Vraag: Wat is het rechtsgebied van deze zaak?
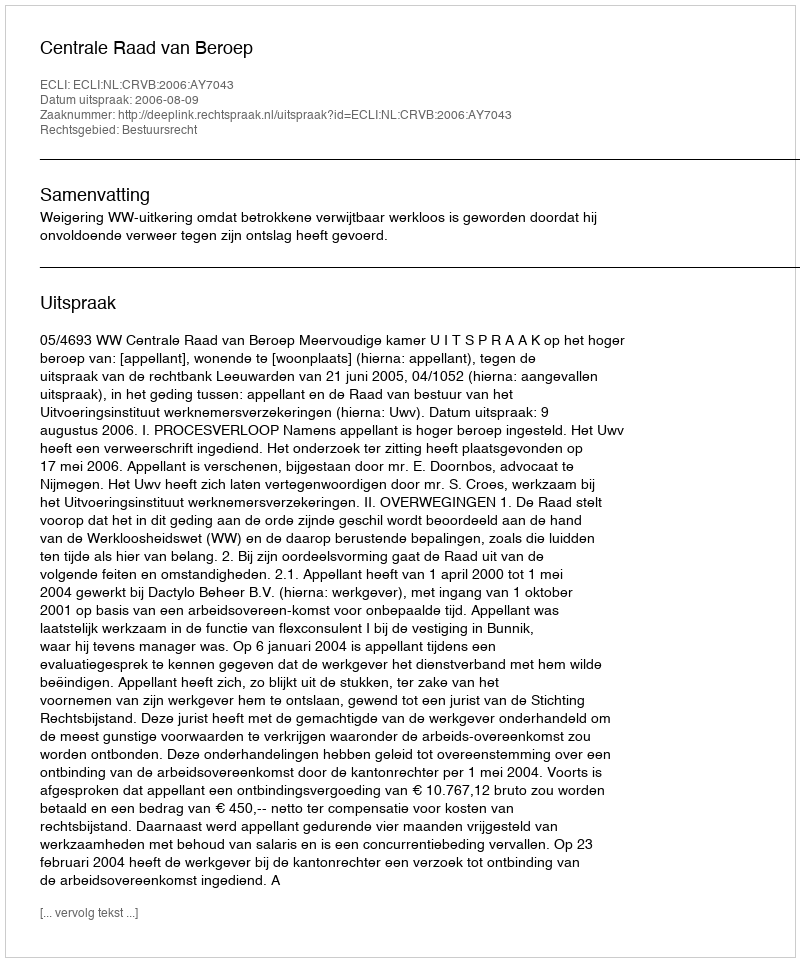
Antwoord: Bestuursrecht